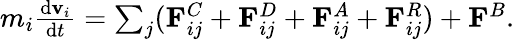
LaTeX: \begin{array}{r}{m_{i}\frac{{\mathrm{d}}\mathbf{v}_{i}}{{\mathrm{d}}t}=\sum_{j}(\mathbf{F}_{ij}^{C}+\mathbf{F}_{ij}^{D}+\mathbf{F}_{ij}^{A}+\mathbf{F}_{ij}^{R})+\mathbf{F}^{B}.}\end{array}